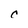
Character: c